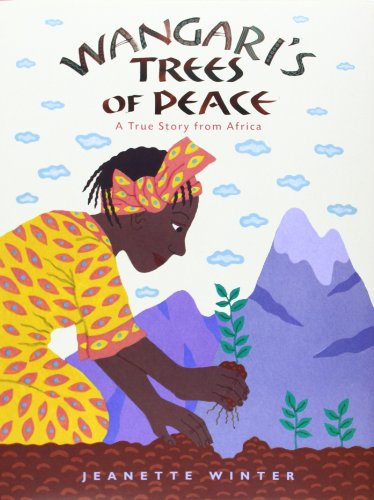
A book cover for Wangari's Trees of Peace: A True Story from Africa; Jeanette Winter; Children's Books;